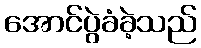
အောင်ပွဲခံခဲ့သည်